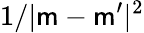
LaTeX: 1/|\mathsf{m}-\mathsf{m}^{\prime}|^{2}